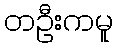
တဦးကမူ